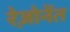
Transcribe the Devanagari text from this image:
रेज़ोनेंत